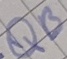
Text: QB